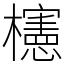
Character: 櫶